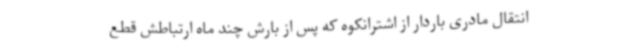
انتقال مادری باردار از اشترانکوه که پس از بارش چند ماه ارتباطش قطع